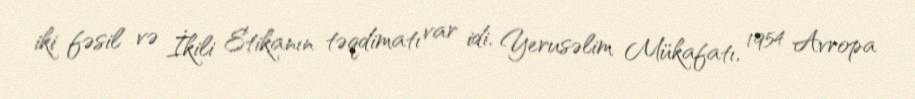
iki fəsil və İkili Etikanın təqdimatı var idi. Yerusəlim Mükafatı, 1954 Avropa